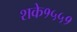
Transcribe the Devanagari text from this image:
शके१५५१